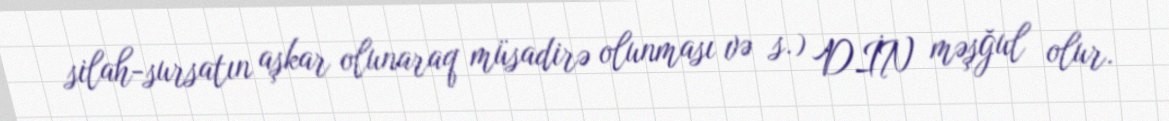
silah-sursatın aşkar olunaraq müsadirə olunması və s.) DİN məşğul olur.